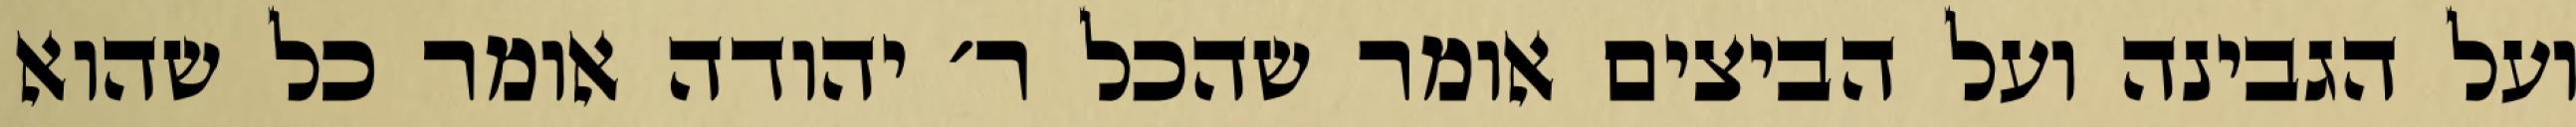
ועל הגבינה ועל הביצים אומר שהכל ר׳ יהודה אומר כל שהוא